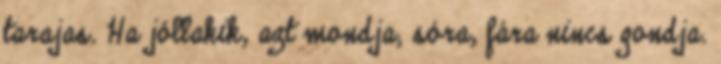
tarajas. Ha jóllakik, azt mondja; sóra, fára nincs gondja.